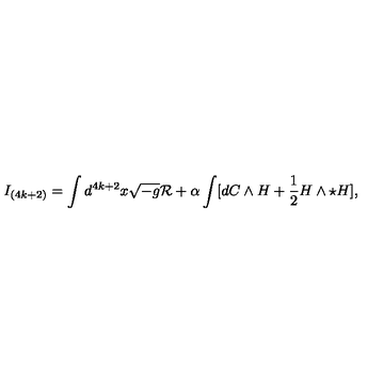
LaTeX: I _ { ( 4 k + 2 ) } = \int d ^ { 4 k + 2 } x \sqrt { - g } { \cal R } + \alpha \int [ d C \wedge H + { \frac { 1 } { 2 } } H \wedge \star H ] ,